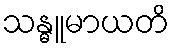
သန္ဓူမာယတိ